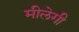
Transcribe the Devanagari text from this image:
मीलेगी